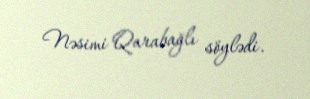
Nəsimi Qarabağlı söylədi.